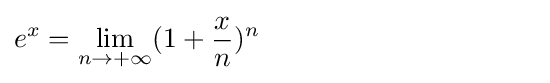
e^{x}=\lim _{n\to +\infty }(1+{\frac {x}{n}})^{n}\qquad \qquad \qquad \qquad \qquad